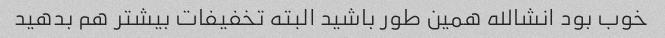
خوب بود انشالله همین طور باشید البته تخفیفات بیشتر هم بدهید